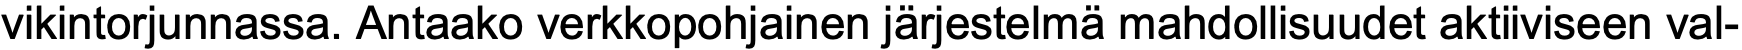
vikintorjunnassa. Antaako verkkopohjainen järjestelmä mahdollisuudet aktiiviseen val-